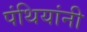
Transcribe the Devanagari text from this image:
पंथियांनी